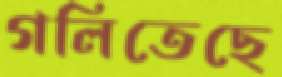
গলিতেছে